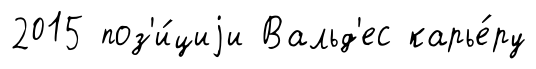
2015 поз'и́циjи Вальд'ес карье́ру